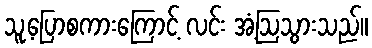
သူ့ပြောစကားကြောင့် လင်း အံ့ဩသွားသည်။